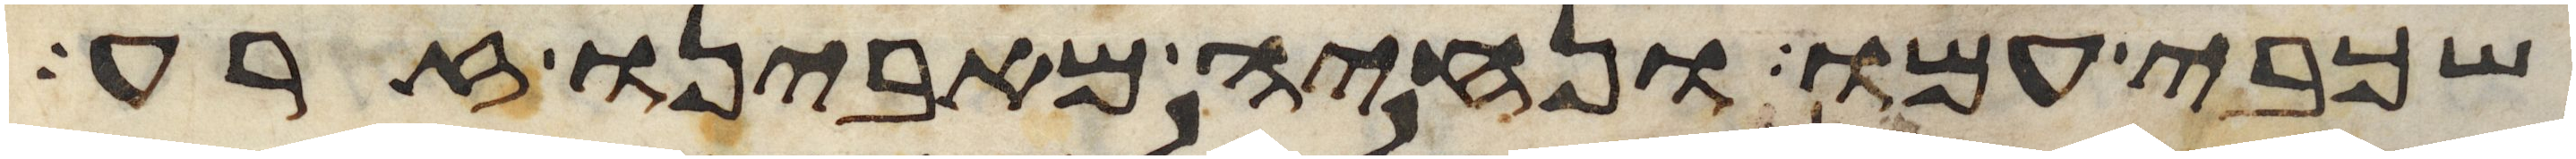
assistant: שכבי עמו ונחיה מאבינו זרע